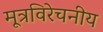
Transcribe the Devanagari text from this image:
मूत्रविरेचनीय